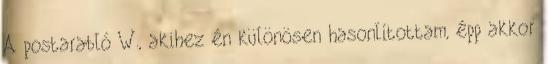
A postarabló W., akihez én különösen hasonlítottam, épp akkor